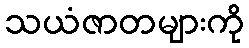
သယံဇာတများကို